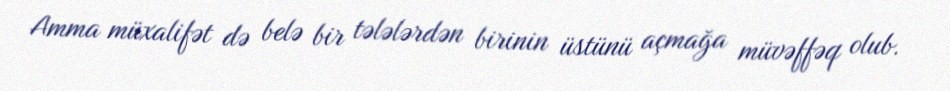
Amma müxalifət də belə bir tələlərdən birinin üstünü açmağa müvəffəq olub.